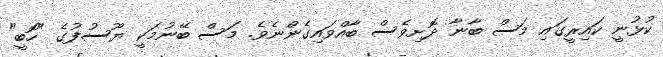
ކުޅުނީ ކައިރީގައި މަސް ބާނާ ދޮށިވެސް ބާއްވައިގެންނެވެ. މަސް ބޭނުމަކީ ޔޫސުފުގެ "ހޮބީ"